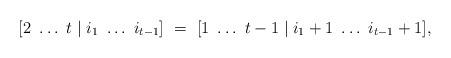
LaTeX: \begin{align*}[2\ \dots\ t \mid i_1\ \dots\ i_{t-1}]\ =\ [1\ \dots\ t-1 \mid i_1+1\ \dots\ i_{t-1}+1],\end{align*}